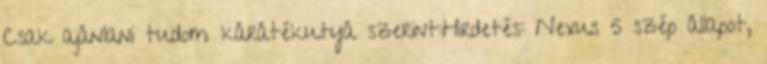
Csak ajánlani tudom kárátékutyá szerint:Hirdetés: Nexus 5 szép állapot,